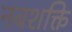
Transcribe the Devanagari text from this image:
नबशक्ति